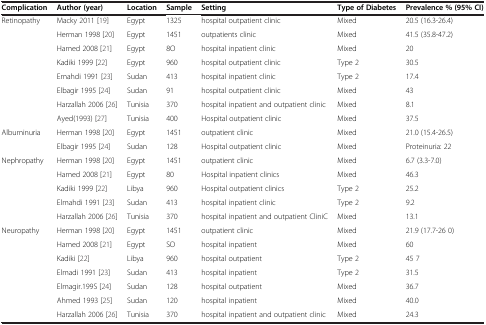
<table><thead><tr><td><b>Complication</b></td><td><b>Author (year)</b></td><td><b>Location</b></td><td><b>Sample</b></td><td><b>Setting</b></td><td><b>Type of Diabetes</b></td><td><b>Prevalence % (95% CI)</b></td></tr></thead><tbody><tr><td>Retinopathy</td><td>Macky 2011 [19]</td><td>Egypt</td><td>1325</td><td>hospital outpatient clinic</td><td>Mixed</td><td>20.5 (16.3-26.4)</td></tr><tr><td> </td><td>Herman 1998 [20]</td><td>Egypt</td><td>1451</td><td>outpatients clinic</td><td>Mixed</td><td>41.5 (35.8-47.2)</td></tr><tr><td> </td><td>Hamed 2008 [21]</td><td>Egypt</td><td>8O</td><td>hospital inpatient clinic</td><td>Mixed</td><td>20</td></tr><tr><td> </td><td>Kadiki 1999 [22]</td><td>Egypt</td><td>960</td><td>hospital outpatient clinic</td><td>Type 2</td><td>30.5</td></tr><tr><td> </td><td>Emahdi 1991 [23]</td><td>Sudan</td><td>413</td><td>hospital inpatient clinic</td><td>Type 2</td><td>17.4</td></tr><tr><td> </td><td>Elbagir 1995 [24]</td><td>Sudan</td><td>91</td><td>hospital outpatient clinic</td><td>Mixed</td><td>43</td></tr><tr><td> </td><td>Harzallah 2006 [26]</td><td>Tunisia</td><td>370</td><td>hospital inpatient and outpatient clinic</td><td>Mixed</td><td>8.1</td></tr><tr><td> </td><td>Ayed(1993) [27]</td><td>Tunisia</td><td>400</td><td>Hospital outpatient clinic</td><td>Mixed</td><td>37.5</td></tr><tr><td>Albuminuria</td><td>Herman 1998 [20]</td><td>Egypt</td><td>1451</td><td>outpatient clinic</td><td>Mixed</td><td>21.0 (15.4-26.5)</td></tr><tr><td> </td><td>Elbagir 1995 [24]</td><td>Sudan</td><td>128</td><td>Hospital outpatient clinic</td><td>Mixed</td><td>Proteinuria: 22</td></tr><tr><td>Nephropathy</td><td>Herman 1998 [20]</td><td>Egypt</td><td>1451</td><td>outpatient clinic</td><td>Mixed</td><td>6.7 (3.3-7.0)</td></tr><tr><td> </td><td>Hamed 2008 [21]</td><td>Egypt</td><td>80</td><td>Hospital inpatient clinics</td><td>Mixed</td><td>46.3</td></tr><tr><td> </td><td>Kadiki 1999 [22]</td><td>Libya</td><td>960</td><td>Hospital outpatient clinics</td><td>Type 2</td><td>25.2</td></tr><tr><td> </td><td>Elmahdi 1991 [23]</td><td>Sudan</td><td>413</td><td>hospital inpatient clinic</td><td>Type 2</td><td>9.2</td></tr><tr><td> </td><td>Harzallah 2006 [26]</td><td>Tunisia</td><td>370</td><td>hospital inpatient and outpatient CliniC</td><td>Mixed</td><td>13.1</td></tr><tr><td>Neuropathy</td><td>Herman 1998 [20]</td><td>Egypt</td><td>1451</td><td>outpatient clinic</td><td>Mixed</td><td>21.9 (17.7-26 0)</td></tr><tr><td> </td><td>Hamed 2008 [21]</td><td>Egypt</td><td>SO</td><td>hospital inpatient</td><td>Mixed</td><td>60</td></tr><tr><td> </td><td>Kadiki [22]</td><td>Libya</td><td>960</td><td>hospital outpatient</td><td>Type 2</td><td>45 7</td></tr><tr><td> </td><td>Elmadi 1991 [23]</td><td>Sudan</td><td>413</td><td>hospital inpatient</td><td>Type 2</td><td>31.5</td></tr><tr><td> </td><td>Elmagir.199S [24]</td><td>Sudan</td><td>128</td><td>hospital outpatient</td><td>Mixed</td><td>36.7</td></tr><tr><td> </td><td>Ahmed 1993 [25]</td><td>Sudan</td><td>120</td><td>hospital inpatient</td><td>Mixed</td><td>40.0</td></tr><tr><td> </td><td>Harzallah 2006 [26]</td><td>Tunisia</td><td>370</td><td>hospital inpatient and outpatient clinic</td><td>Mixed</td><td>24.3</td></tr></tbody></table>